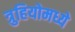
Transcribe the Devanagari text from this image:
त्रुहियोमध्ये